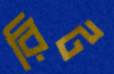
রিট